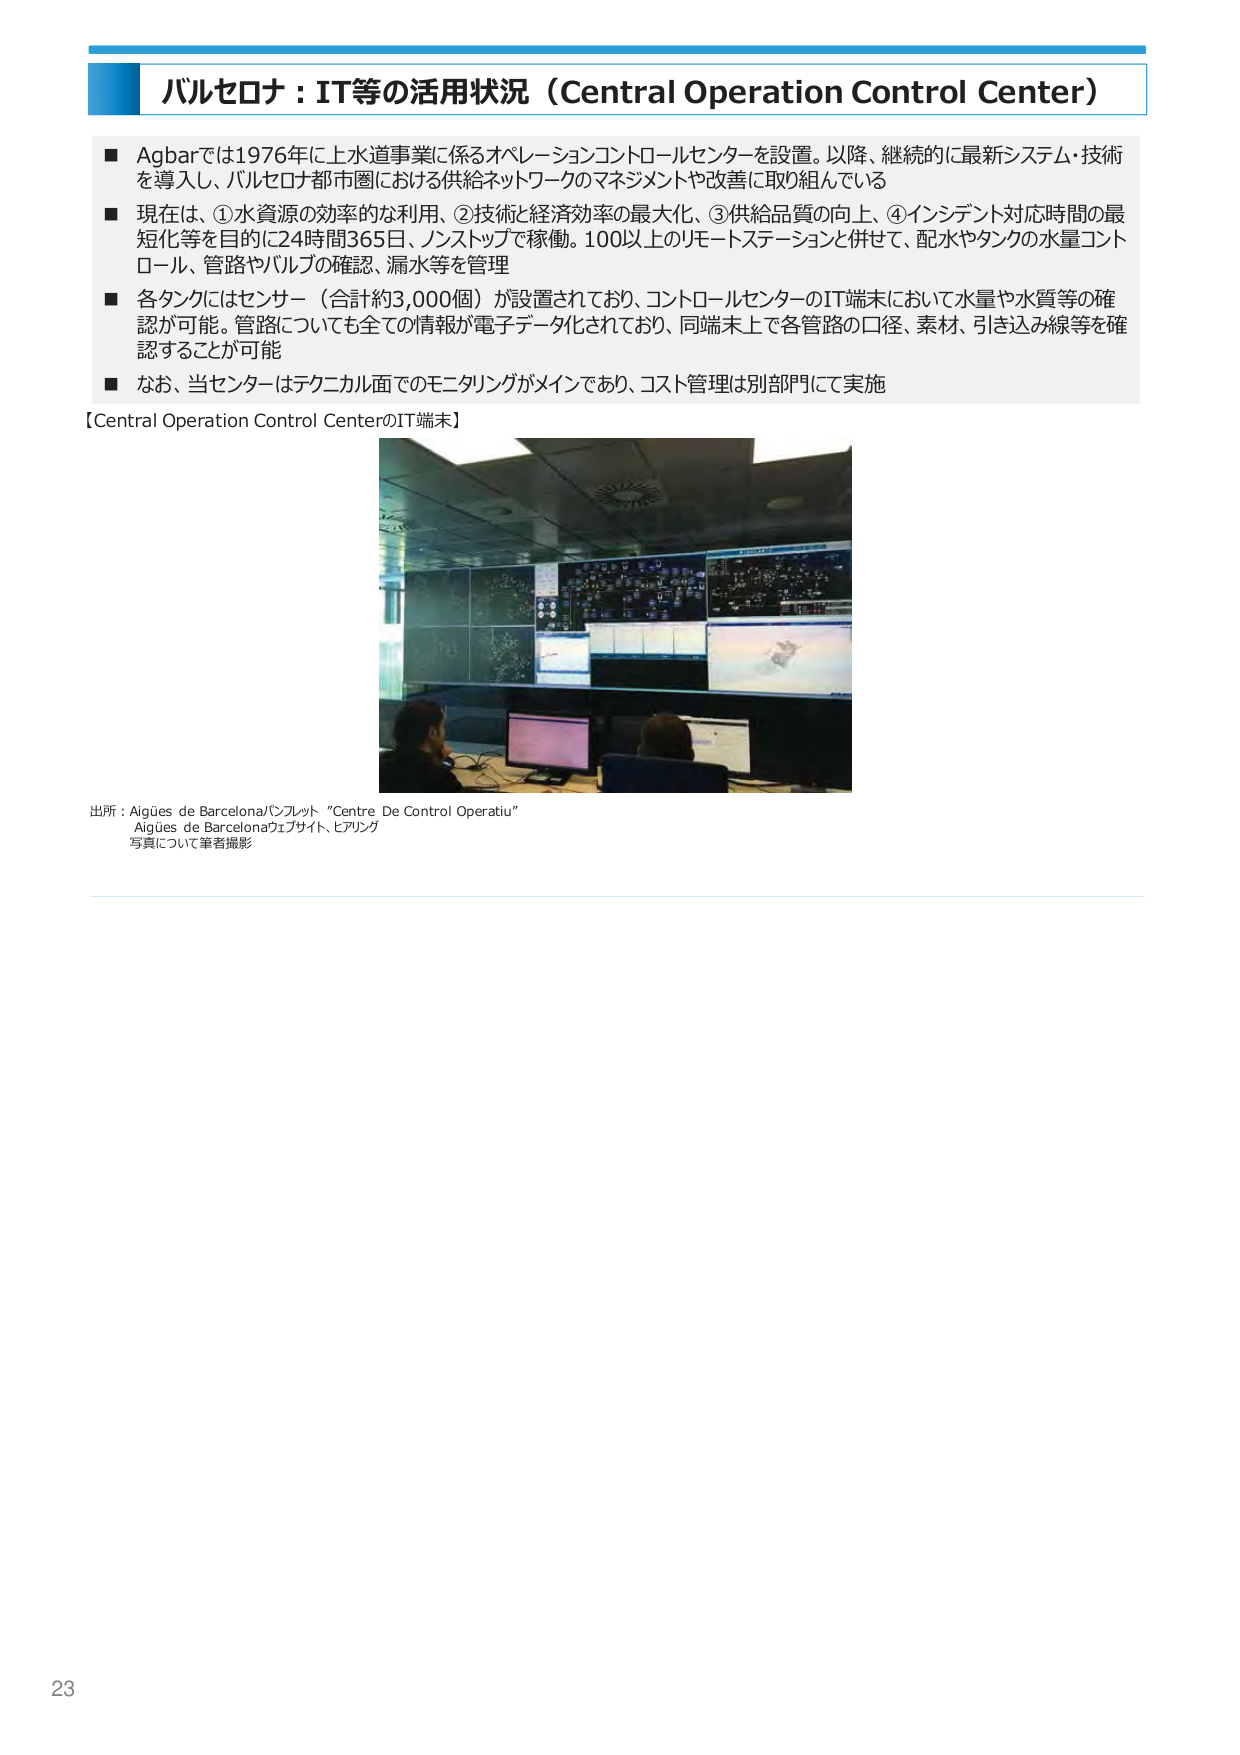
バルセロナ：IT等の活用状況（Central Operation Control Center）

■ Agbarでは1976年に上水道事業に係るオペレーションコントロールセンターを設置。以降、継続的に最新システム・技術を導入し、バルセロナ都市圏における供給ネットワークのマネジメントや改善に取り組んでいる

■ 現在は、①水資源の効率的な利用、②技術と経済効率の最大化、③供給品質の向上、④インシデント対応時間の最短化等を目的に24時間365日、ノンストップで稼働。100以上のリモートステーションと併せて、配水やタンクの水量コントロール、管路やバルブの確認、漏水等を管理

■ 各タンクにはセンサー（合計約3,000個）が設置されており、コントロールセンターのIT端末において水量や水質等の確認が可能。管路についても全ての情報が電子データ化されており、同端末上で各管路の口径、素材、引き込み線等を確認することが可能

■ なお、当センターはテクニカル面でのモニタリングがメインであり、コスト管理は別部門にて実施

【Central Operation Control CenterのIT端末】

出所：Aigües de Barcelonaパンフレット “Centre De Control Operatiu”
Aigües de Barcelonaウェブサイト、ヒアリング
写真について筆者撮影

23